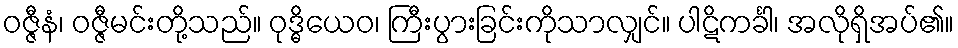
ဝဇ္ဇီနံ၊ ဝဇ္ဇီမင်းတို့သည်။ ဝုဒ္ဓိယေဝ၊ ကြီးပွားခြင်းကိုသာလျှင်။ ပါဋိကင်္ခါ၊ အလိုရှိအပ်၏။